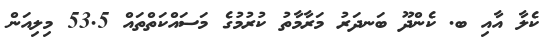
ކެލާ އާއި ބ. ކެންދޫ ބަނދަރު މަރާމާތު ކުރުމުގެ މަސައްކަތްތައް 53.5 މިލިއަން